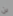
لن